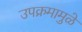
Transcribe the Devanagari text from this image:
उपक्रमामुळे